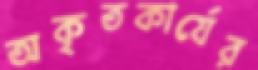
অকৃতকার্যের